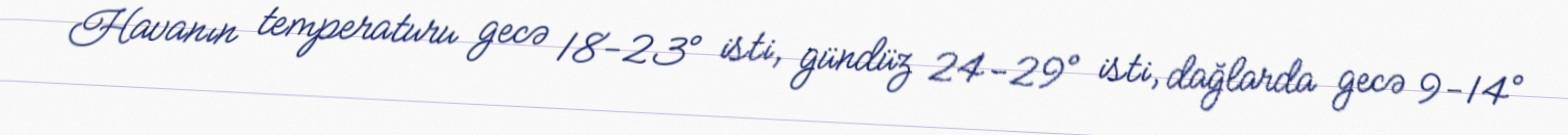
Havanın temperaturu gecə 18-23° isti, gündüz 24-29° isti, dağlarda gecə 9-14°